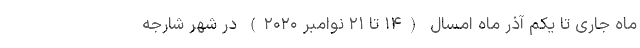
ماه جاری تا یکم آذر ماه امسال (۱۴ تا ۲۱ نوامبر ۲۰۲۰) در شهر شارجه